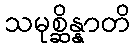
သမုစ္ဆိန္နာတိ